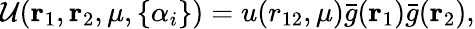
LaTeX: \mathcal{U}({\mathbf{r}_{1}},{\mathbf{r}_{2}},\mu,\{ \alpha_{i}\} )=u(r_{12},\mu)\bar{g}({\mathbf{r}_{1}})\bar{g}({\mathbf{r}_{2}}),